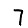
Digit: 7